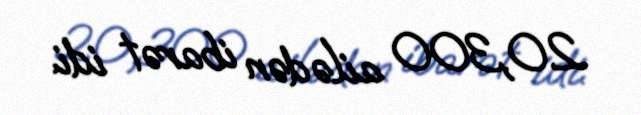
20,300 ailədən ibarət idi.